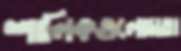
শালিকগুলোমতা